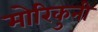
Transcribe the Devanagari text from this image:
मोरिकुनी